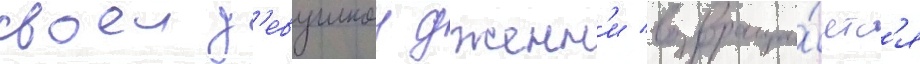
своеи д'евушкои дженн'и возвраща́етс'я